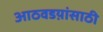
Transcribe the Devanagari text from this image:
आठवडय़ांसाठी